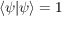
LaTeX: \langle \psi | \psi \rangle = 1